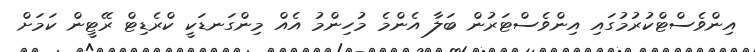
އިންވެސްޓްކުރުމުގައި އިންވެސްޓަރުން ބަލާ އެންމެ މުހިންމު އެއް މިންގަނޑަކީ ކްރެޑިޓް ރޭޓީން ކަމަށް